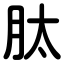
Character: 肽